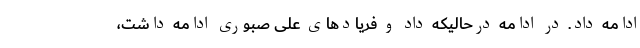
ادامه داد. در ادامه درحالیکه داد و فریادهای علی صبوری ادامه‌ داشت،